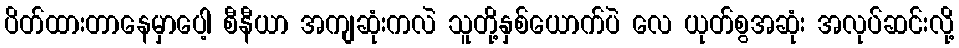
ပိတ်ထားတာနေမှာပေါ့ စီနီယာ အကျဆုံးကလဲ သူတို့နှစ်ယောက်ပဲ လေ ယုတ်စွအဆုံး အလုပ်ဆင်းလို့